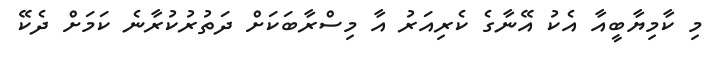
މި ކާމިޔާބީއާ އެކު އޭނާގެ ކެރިއަރު އާ މިސްރާބަކަށް ދަތުރުކުރާނެ ކަމަށް ދެކޭ